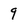
Character: 9